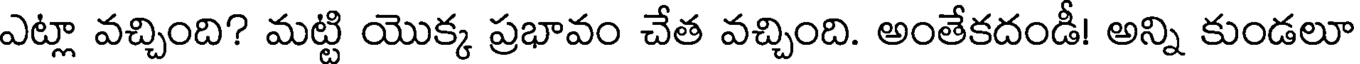
ఎట్లా వచ్చింది? మట్టి యొక్క ప్రభావం చేత వచ్చింది. అంతేకదండీ! అన్ని కుండలూ